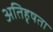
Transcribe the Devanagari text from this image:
अतिहृषता